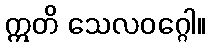
ဣတိ သေလဝဂ္ဂေါ။